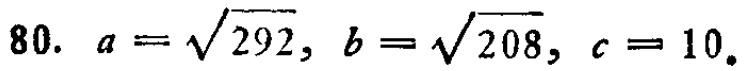
80. \(a = \sqrt{292}, b = \sqrt{208}, c = 10\).